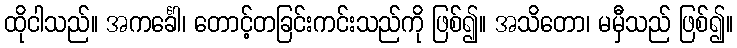
ထိုငါသည်။ အကင်္ခေါ၊ တောင့်တခြင်းကင်းသည်ကို ဖြစ်၍။ အသိတော၊ မမှီသည် ဖြစ်၍။